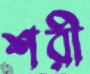
শরী